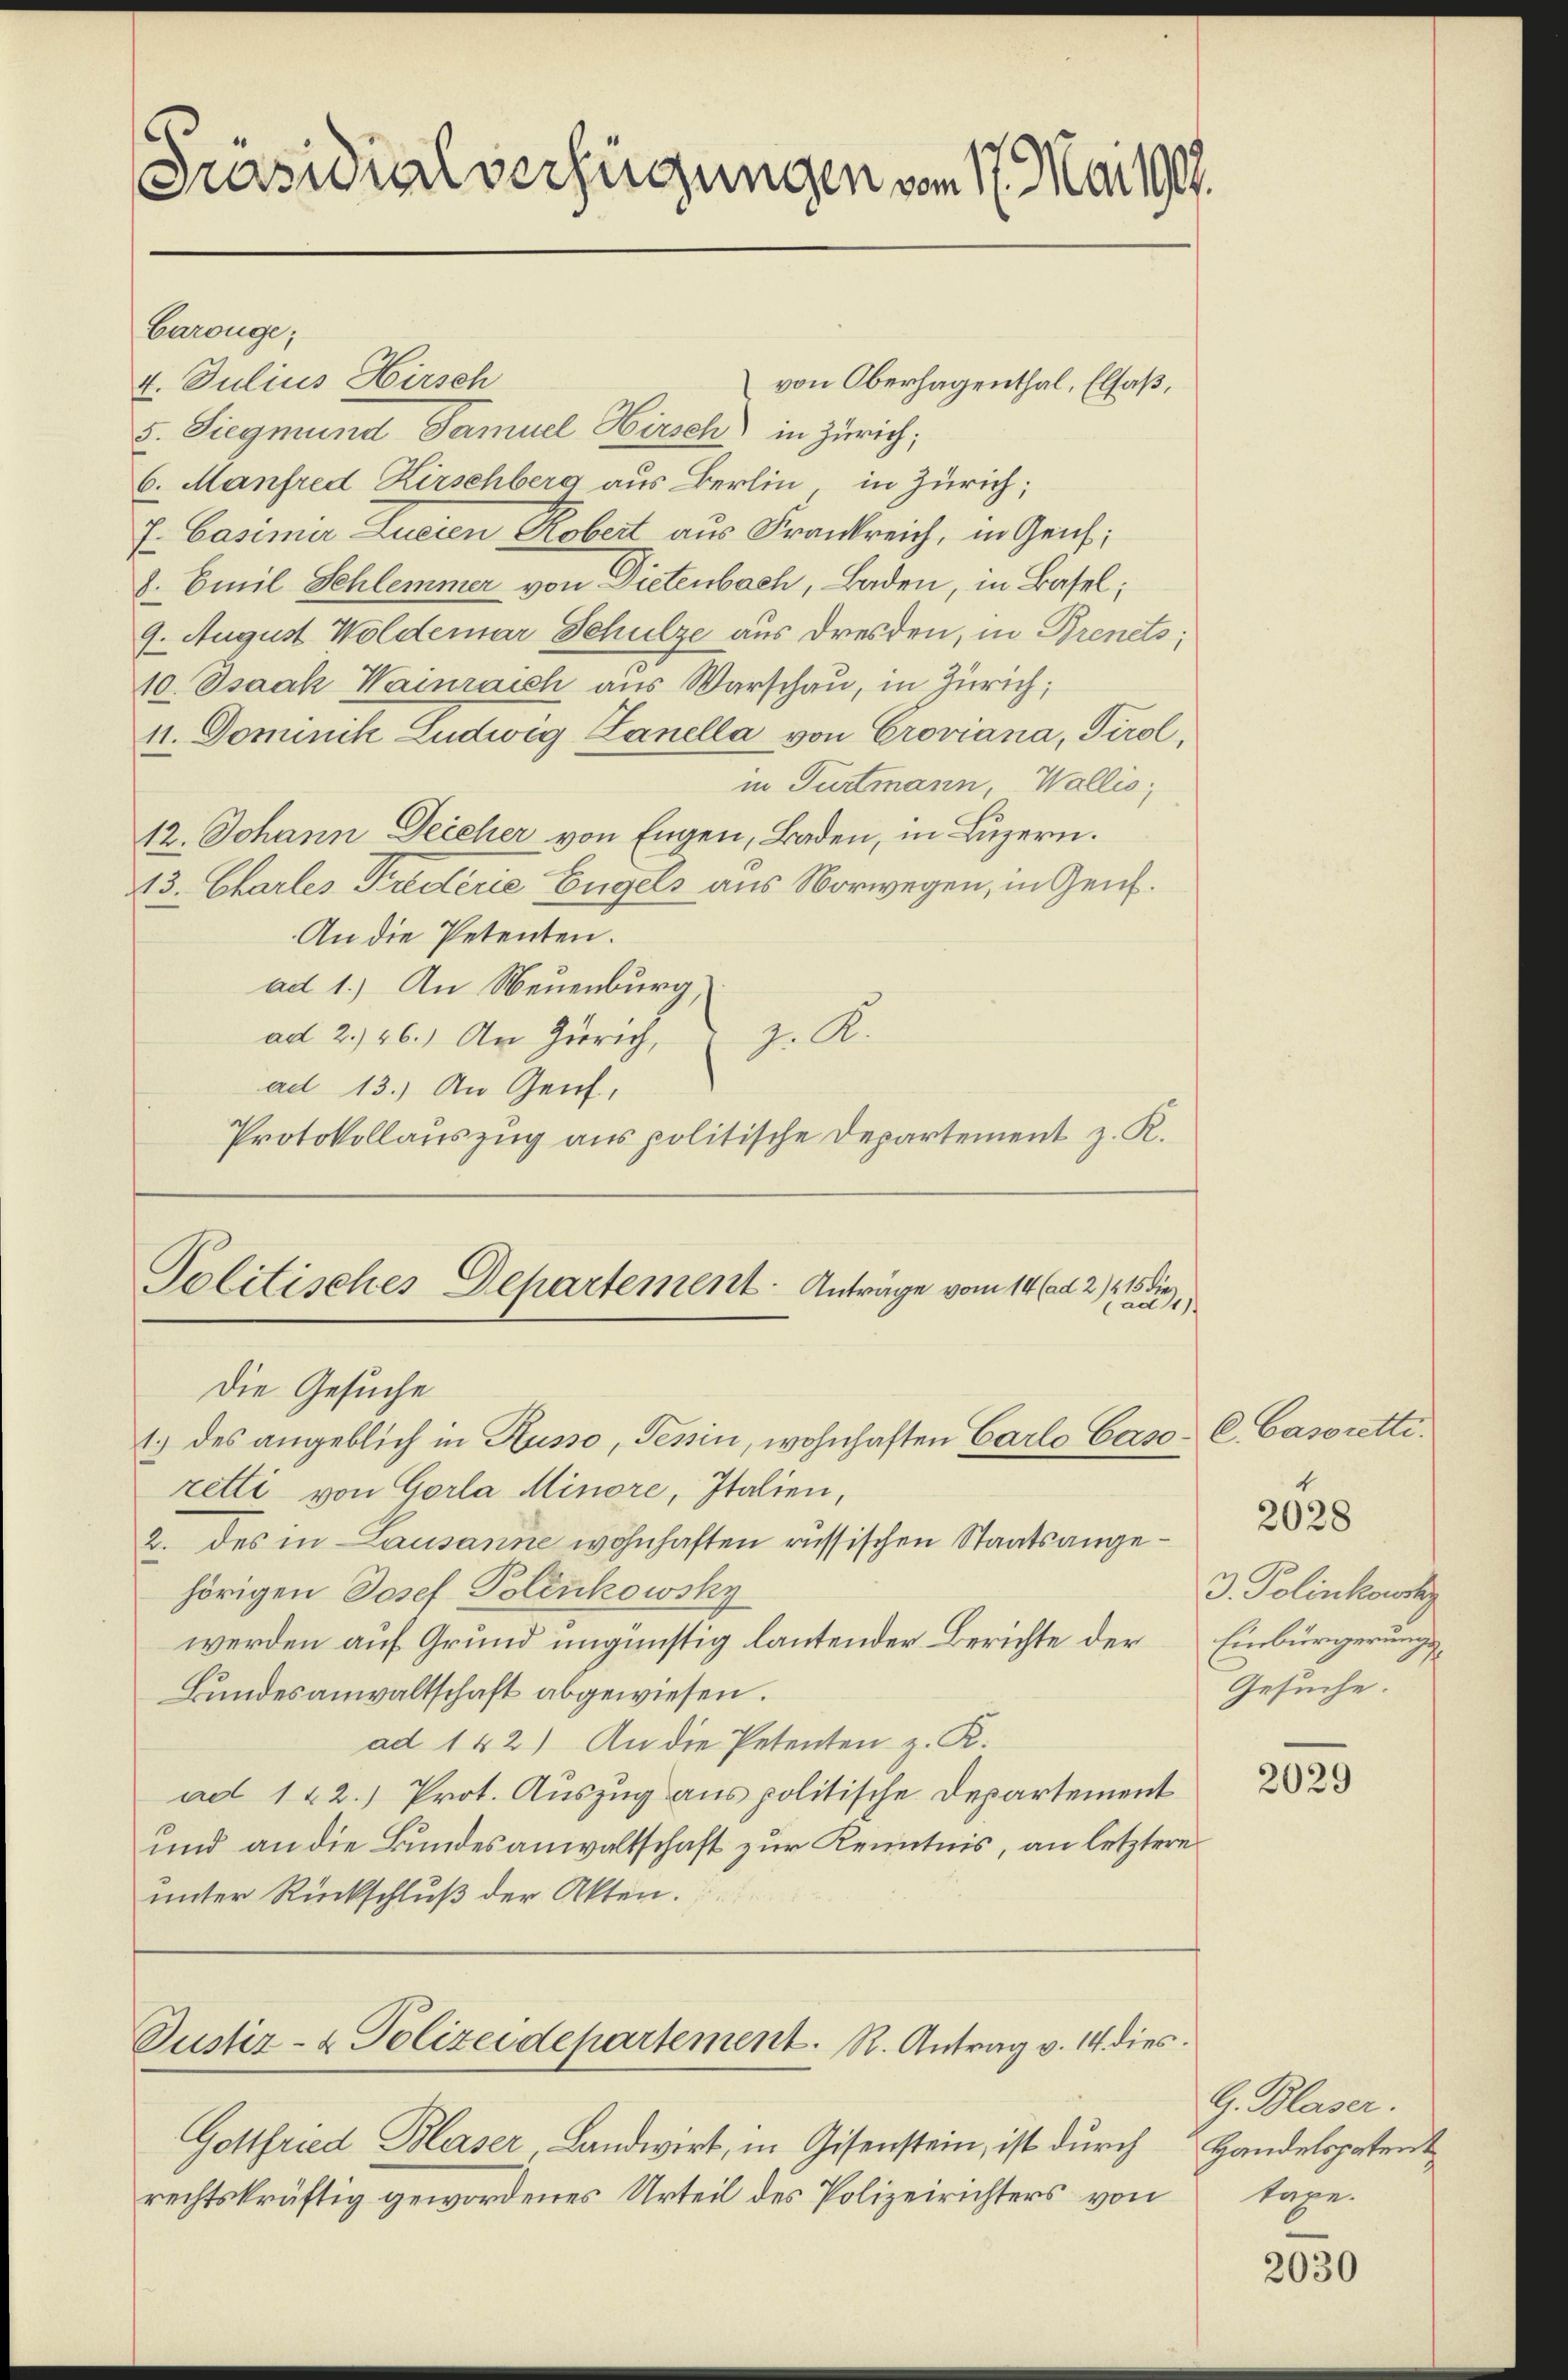
Präsidialverfügungen vom 17. Mai 1907.

Carouge;
4. Julius Hirsch
von Oberhagenthal, Elsaß,
5. Siegmund Samuel Hirsch in Zürich;
6. Manfred Hirschberg aus Berlin in Zürich;
J. Casimir Zueien Robert aus Frankreich, in Genf;
8. Emil Schlemmer von Dietenbach, Baden, in Basel;
9. August Woldemar Schulze aus Dresden, in Brenets;
10. Isaak Wainraich aus Warschau, in Zürich;
11. Dominik Ludwig Lanella von Croviana, Tirol,
in Turtmann, Wallis,
12. Johann Deicher von Engen, Baden, in Luzern.
43. Charles Friederie Engels aus Norwegen, in Zeit.
An die Petenten.
ad 1.) An Neuenburg.
z. A
ad 2. 26.) An Zürich,
ad 13.) An Genf,
Protokollauszug aus politische Departement z. R.
Politisches Departement Anträge vom 14 (ad 2/215 diead 11
Die Gesuche
1.) des angeblich in Husso, Tessin, wohnhaften Carlo Caso- C. Casoretti.
retti von Gorla Minore, Italien,
2. des in Lausanne wohnhaften russischen Staatsangehörigen Josef Polenkowsky
werden auf Grund ungünstig lautender Berichte der
Bundesanwaltschaft abgewiesen.
ad 142) An die Petenten z. K.
ad 142.) Prot. Auszug aus politische Departement
und an die Bundesanwaltschaft zur Kenntnis, an letztere
unter Rückschluß der Akten.

Justiz- & Polizeidepartement. R. Antrag v. 14. dies

Gottfried Blaser Landwirt, in Gisenstein, ist durch
rechtskräftig gewordenes Urteil des Polizeirichters von

2028

3. Polenkowsky
Einbürgerungs
Gesuche.

2029

G. Blaser.
Handelspatent
taxe.

2030